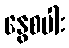
နွေစပါး